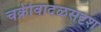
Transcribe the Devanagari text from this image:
चक्रीवादळसदृश